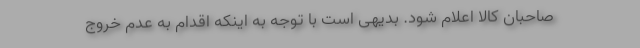
صاحبان کالا اعلام شود. بدیهی است با توجه به اینکه اقدام به عدم خروج